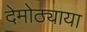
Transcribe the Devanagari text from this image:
देमोठ्याया